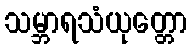
သမ္ဘာရသံယုတ္တော